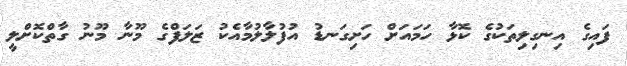
ފައިގެ އިނގިލިތަކުގެ ކޮޅާ ހަމައަށް ހަށިގަނޑު އުފުލާލުމާއެކު ޒަލަފްގެ މޫނާ މޫނު ގާތްކޮށްލީ